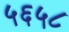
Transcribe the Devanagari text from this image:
५६५८